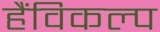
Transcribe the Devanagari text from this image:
हैंविकल्प